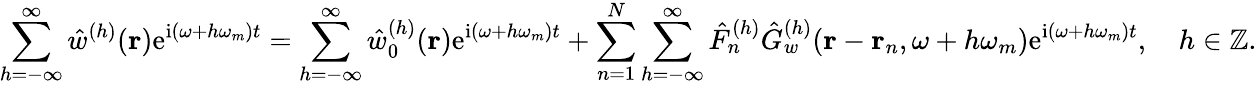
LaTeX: \sum_{h=-\infty}^{\infty}\hat{w}^{(h)}(\mathbf{r})\mathrm{e}^{\mathrm{i}(\omega+h\omega_{m})t}=\sum_{h=-\infty}^{\infty}\hat{w}_{0}^{(h)}(\mathbf{r})\mathrm{e}^{\mathrm{i}(\omega+h\omega_{m})t}+\sum_{n=1}^{N}\sum_{h=-\infty}^{\infty}\hat{F}_{n}^{(h)}\hat{G}_{w}^{(h)}(\mathbf{r}-\mathbf{r}_{n},\omega+h\omega_{m})\mathrm{e}^{\mathrm{i}(\omega+h\omega_{m})t},\quad h\in\mathbb{Z}.